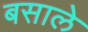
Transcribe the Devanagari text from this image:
बसाले